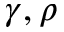
\gamma , \rho